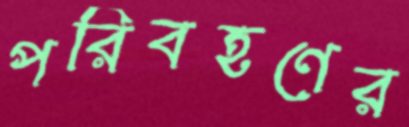
পরিবহণের